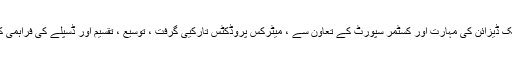
اندرون ملک ڈیزائن کی مہارت اور کسٹمر سپورٹ کے تعاون سے ، میٹرکس پروڈکٹس تارکیی گرفت ، توسیع ، تقسیم اور ڈسپلے کی فراہمی کرتے ہیں۔